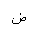
Letter: _dad